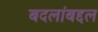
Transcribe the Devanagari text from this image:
बदलांबद्दल